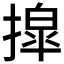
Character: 𫽿